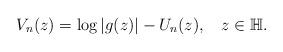
LaTeX: \begin{align*}V_n(z) = \log|g(z)|- U_n(z),\:\:\:\:z\in\mathbb H.\end{align*}